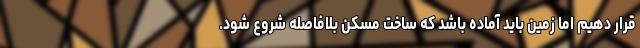
قرار دهیم اما زمین باید آماده باشد که ساخت مسکن بلافاصله شروع شود.